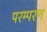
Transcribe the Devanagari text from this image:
परम्परण